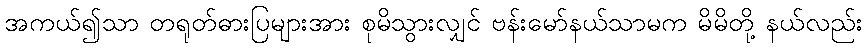
အကယ်၍သာ တရုတ်ဓားပြများအား စုမိသွားလျှင် ဗန်းမော်နယ်သာမက မိမိတို့ နယ်လည်း